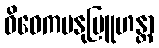
ဝိဝေကမနုဗြူဟန္တာ